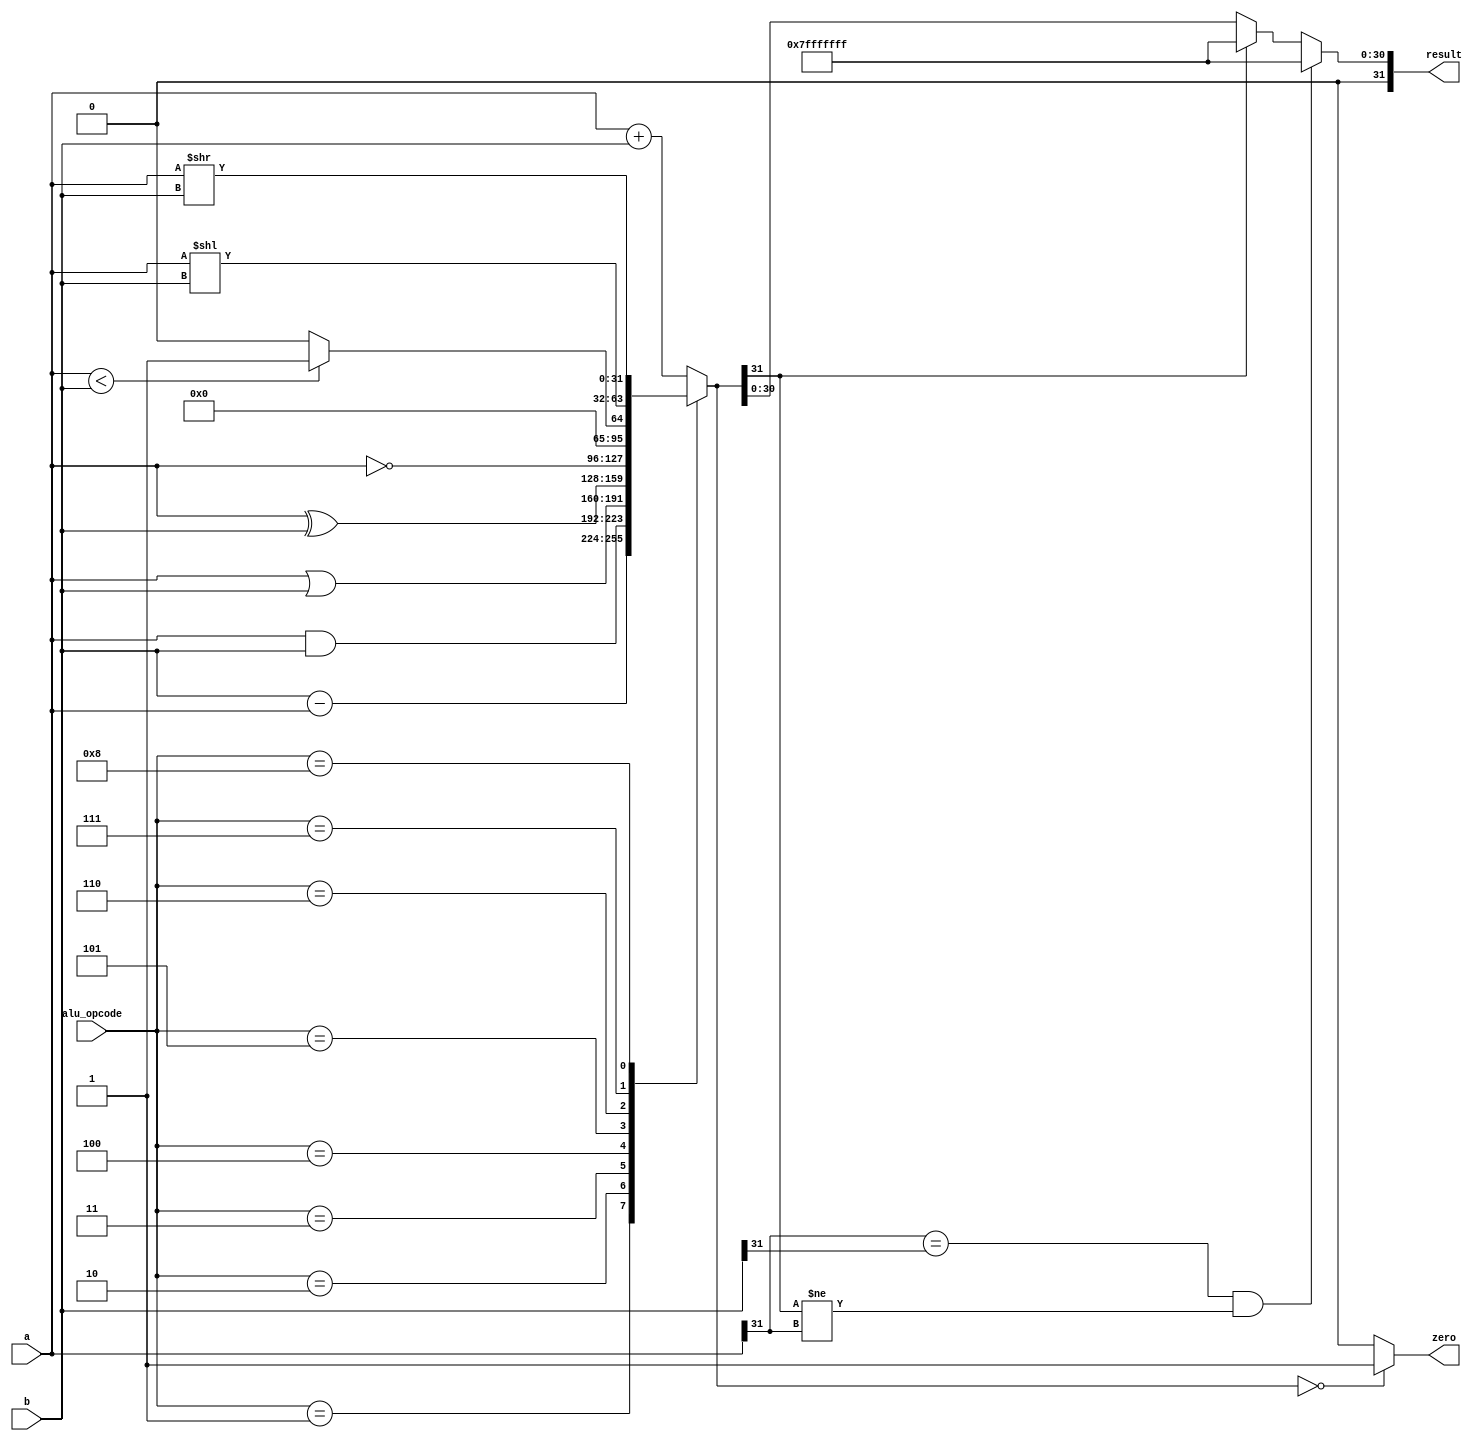
`timescale 1ns / 1ps

module alu32 (input [31:0] a, b,
               input [4:0] alu_opcode,
               output reg [31:0] result,
               output reg zero);

  always @(*) begin
    result = 0;
    zero = 1'b0;
    case (alu_opcode)
      5'b00000: result = a + b; // addition
      5'b00001: result = b - a; // subtraction
      5'b00010: result = a & b; // bitwise AND
      5'b00011: result = a | b; // bitwise OR
      5'b00100: result = a ^ b; // bitwise XOR
      5'b00101: result = ~a; // bitwise NOT of a
      5'b00110: begin if (a<b) result = 32'd1; // set on less than
                        else result = 32'd0;
                      end 
      5'b00111: result = a << b; // shift left
      5'b01000: result = a >> b; // shift right

      default : result = a + b; // addition
    endcase

    zero = (result==32'd0) ? 1'b1: 1'b0;

    if ((a[31] == b[31]) && (result[31] != a[31])) begin
      result = {31{1'b1}}; // default overflow output
    end

    else if (result[31] == 1) begin
      result = {31{1'b1}};   //negative output
    end

  end

endmodule